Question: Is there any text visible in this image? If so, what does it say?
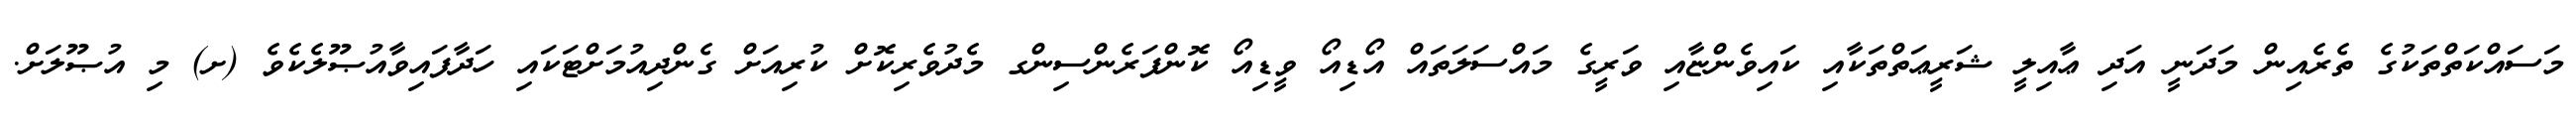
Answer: މަސައްކަތްތަކުގެ ތެރެއިން މަދަނީ އަދި ޢާއިލީ ޝަރީޢަތްތަކާއި ކައިވެންޏާއި ވަރީގެ މައްސަލަތައް އޯޑިއޯ ވީޑިއޯ ކޮންފަރެންސިންގ މެދުވެރިކޮށް ކުރިއަށް ގެންދިއުމަށްޓަކައި ހަދާފައިވާއުޞޫލެކެވެ (ށ) މި އުޞޫލަށް.